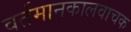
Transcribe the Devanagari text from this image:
वर्तमानकालवाचक